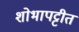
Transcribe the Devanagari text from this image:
शोभापट्टीत